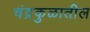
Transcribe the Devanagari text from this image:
चंद्रकुळातील